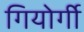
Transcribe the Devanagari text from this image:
गियोर्गी